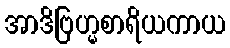
အာဒိဗြဟ္မစာရိယကာယ